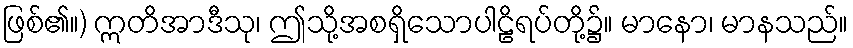
ဖြစ်၏။) ဣတိအာဒီသု၊ ဤသို့အစရှိသောပါဠိရပ်တို့၌။ မာနော၊ မာနသည်။